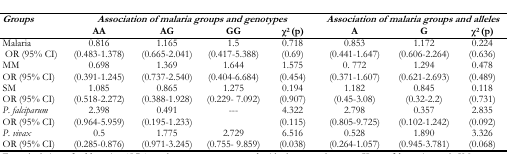
<table><thead><tr><td rowspan="2"><b><i>Groups</i></b></td><td colspan="4"><b><i>Association of malaria groups and genotypes</i></b></td><td colspan="3"><b><i>Association of malaria groups and alleles</i></b></td></tr><tr><td><b>AA</b></td><td><b>AG</b></td><td><b>GG</b></td><td><b>χ<sup>2</sup> (p)</b></td><td><b>A</b></td><td><b>G</b></td><td><b>χ<sup>2</sup> (p)</b></td></tr></thead><tbody><tr><td>Malaria OR (95% CI)</td><td>0.816 (0.483–1.378)</td><td>1.165 (0.665–2.041)</td><td>1.5 (0.417–5.388)</td><td>0.718 (0.69)</td><td>0.853 (0.441–1.647)</td><td>1.172 (0.606–2.264)</td><td>0.224 (0.636)</td></tr><tr><td>MM OR (95% CI)</td><td>0.698 (0.391–1.245)</td><td>1.369 (0.737–2.540)</td><td>1.644 (0.404–6.684)</td><td>1.575 (0.454)</td><td>0. 772 (0.371–1.607)</td><td>1.294 (0.621–2.693)</td><td>0.478 (0.489)</td></tr><tr><td>SM OR (95% CI)</td><td>1.085 (0.518–2.272)</td><td>0.865 (0.388–1.928)</td><td>1.275 (0.229– 7.092)</td><td>0.194 (0.907)</td><td>1.182 (0.45–3.08)</td><td>0.845 (0.32–2.2)</td><td>0.118 (0.731)</td></tr><tr><td><i>P. falciparum</i> OR (95% CI)</td><td>2.398 (0.964–5.959)</td><td>0.491 (0.195–1.233)</td><td>---</td><td>4.322 (0.115)</td><td>2.798 (0.805–9.725)</td><td>0.357 (0.102–1.242)</td><td>2.835 (0.092)</td></tr><tr><td><i>P. vivax</i> OR (95% CI)</td><td>0.5 (0.285–0.876)</td><td>1.775 (0.971–3.245)</td><td>2.729 (0.755– 9.859)</td><td>6.516 (0.038)</td><td>0.528 (0.264–1.057)</td><td>1.890 (0.945–3.781)</td><td>3.326 (0.068)</td></tr></tbody></table>